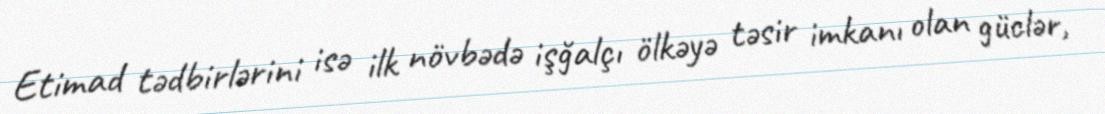
Etimad tədbirlərini isə ilk növbədə işğalçı ölkəyə təsir imkanı olan güclər,